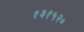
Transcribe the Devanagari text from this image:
१३१५२०